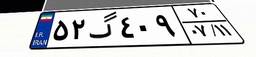
۵۲گ۴۰۹۷۰